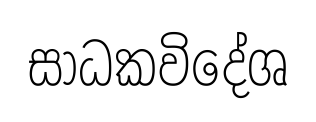
සාධකවිදේශ